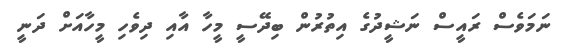
ނަމަވެސް ރައީސް ނަޝީދުގެ އިތުރުން ބިދޭސީ މީހާ އާއި ދިވެހި މީހާއަށް ދަނީ